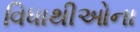
વિધાથીઓના